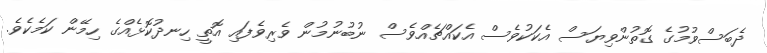
ދެބަސްވުމުގެ ގޮތުންވިޔަސް އެކަކުވެސް އެކައްޗެއްވެސް ނުބުނުމުން ވެރިވެފައި އޮތީ ހިނދުކޮޅެއްގެ ހިމޭން ކަމެކެވެ.